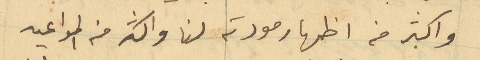
واكثر من اظهر مودته لنا واكثر منه المواعيد